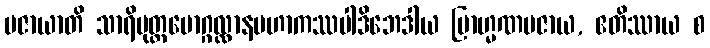
ပဇာယာတိ သာရိပုတ္တမောဂ္ဂလ္လာနမဟာကဿပါဒိဘေဒါယ ဗြာဟ္မဏပဇာယ, ဧတိဿာယ စ